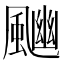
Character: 𩘈